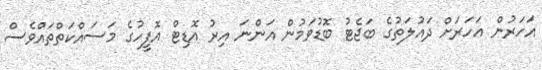
އަހަރުން އަހަރަށް ދައުލަތުގެ ބަޖެޓު ބޮޑުވަމުން އަންނަ އިރު އޮޑިޓް އޮފީހުގެ މަސައްކަތްތައްވެސް